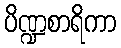
ပိဏ္ဍစာရိကာ